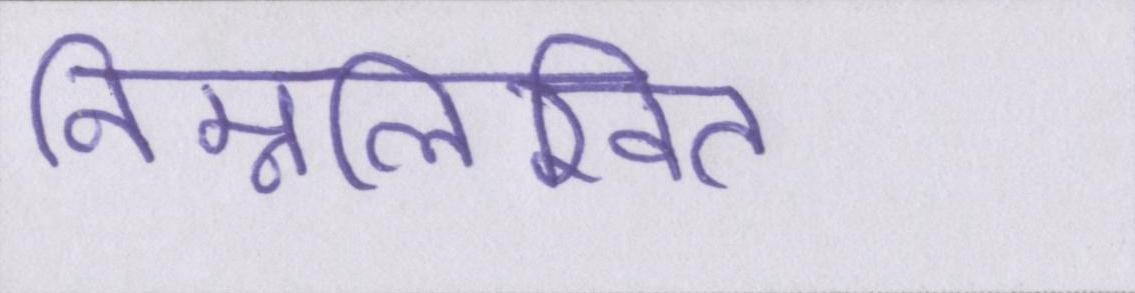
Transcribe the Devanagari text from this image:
निम्नलिखित